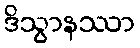
ဒိသွာနဿာ